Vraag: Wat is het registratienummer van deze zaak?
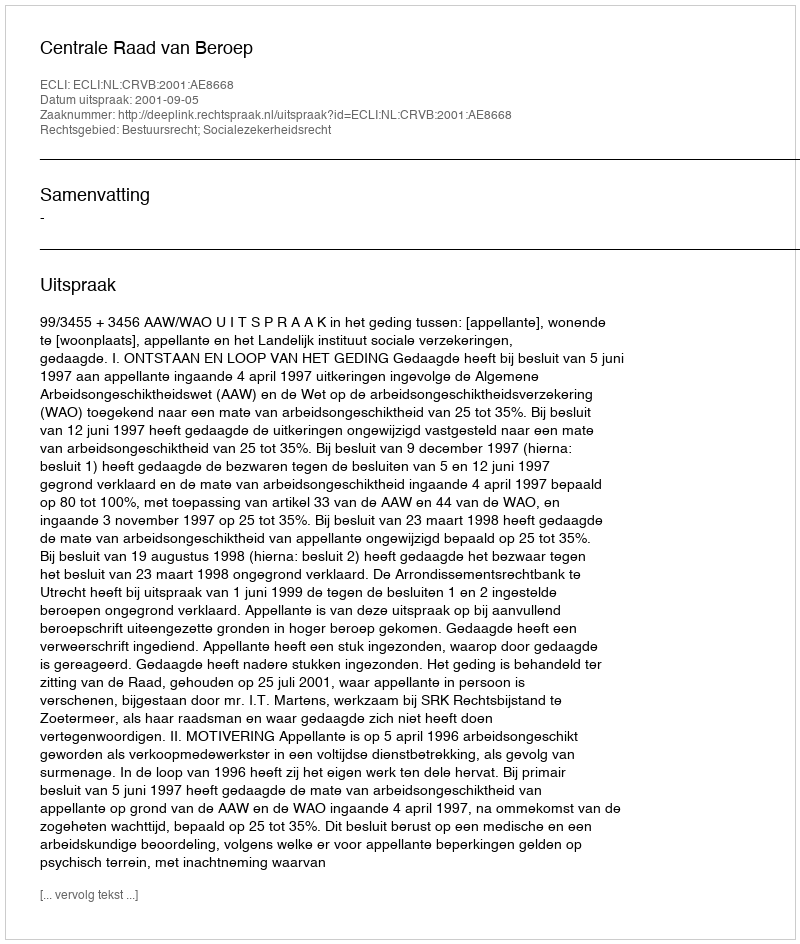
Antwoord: http://deeplink.rechtspraak.nl/uitspraak?id=ECLI:NL:CRVB:2001:AE8668